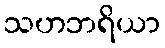
သဟဘရိယာ